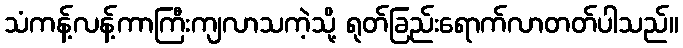
သံကန့်လန့်ကာကြီးကျလာသကဲ့သို့ ရုတ်ခြည်းရောက်လာတတ်ပါသည်။